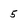
Character: 5